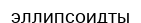
эллипсоидты